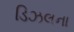
ડિઝલના